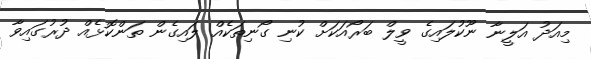
މިއަދު އަލީނާ ނޫކުލައިގެ ވީލް ބަރޯއަކަށް ކުނި ގޯނިތަކެއް ލައިގެން ތަންކޮޅެއް ދުރުގައިވާ